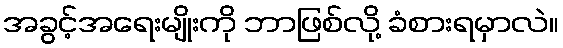
အခွင့်အရေးမျိုးကို ဘာဖြစ်လို့ ခံစားရမှာလဲ။